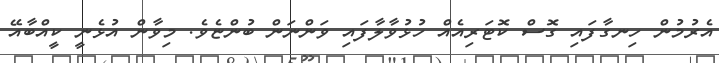
އެރުމުން ހިނގާފައި ގޮސް ކޮޓަރިއެއް ހުޅުވާލާފައި ވަންނަން ބުންޏެވެ. މިވާން އުޅެނީ ކީއްބާއޭ